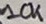
Text: 10K